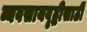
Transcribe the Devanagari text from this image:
व्यवसायवृद्धीसाठी